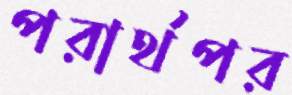
পরার্থপর